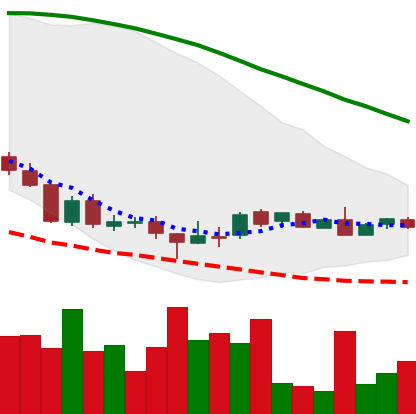
Ticker: DOGE-USD
Chart end date: 2018-08-25
Forward return: 35.274%
Label: up_7plus